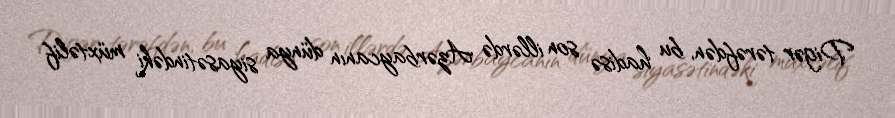
Digər tərəfdən, bu hadisə son illərdə Azərbaycanın dünya siyasətindəki müxtəlif